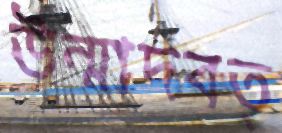
উন্মাদবত্